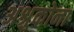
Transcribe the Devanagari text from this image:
अश्रुकोना